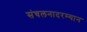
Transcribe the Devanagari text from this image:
संचलनादरम्यान